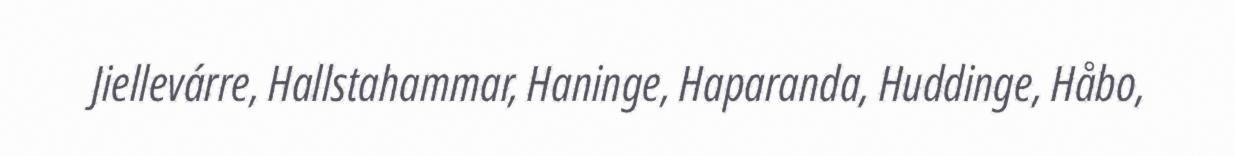
Jiellevárre, Hallstahammar, Haninge, Haparanda, Huddinge, Håbo,